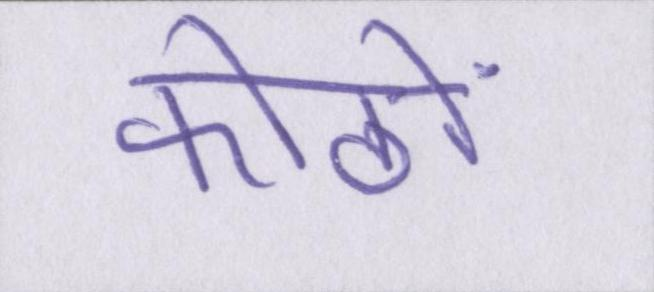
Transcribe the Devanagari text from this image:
कोठों